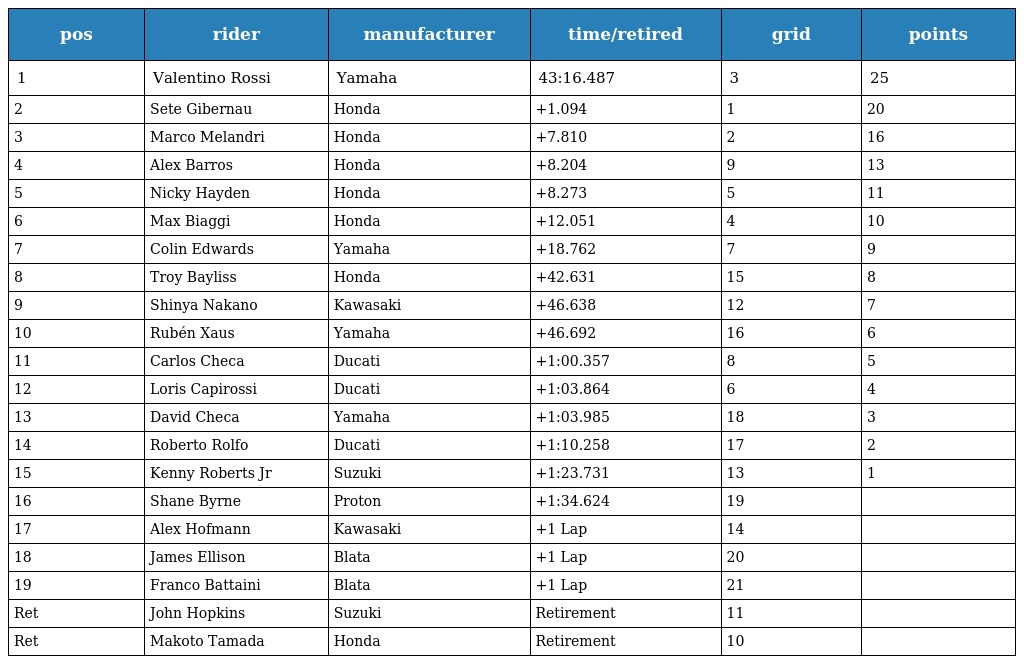
| pos | rider | manufacturer | time/retired | grid | points |
 | --- | --- | --- | --- | --- | --- |
 | 1 | Valentino Rossi | Yamaha | 43:16.487 | 3 | 25 |
 | 2 | Sete Gibernau | Honda | +1.094 | 1 | 20 |
 | 3 | Marco Melandri | Honda | +7.810 | 2 | 16 |
 | 4 | Alex Barros | Honda | +8.204 | 9 | 13 |
 | 5 | Nicky Hayden | Honda | +8.273 | 5 | 11 |
 | 6 | Max Biaggi | Honda | +12.051 | 4 | 10 |
 | 7 | Colin Edwards | Yamaha | +18.762 | 7 | 9 |
 | 8 | Troy Bayliss | Honda | +42.631 | 15 | 8 |
 | 9 | Shinya Nakano | Kawasaki | +46.638 | 12 | 7 |
 | 10 | Rubén Xaus | Yamaha | +46.692 | 16 | 6 |
 | 11 | Carlos Checa | Ducati | +1:00.357 | 8 | 5 |
 | 12 | Loris Capirossi | Ducati | +1:03.864 | 6 | 4 |
 | 13 | David Checa | Yamaha | +1:03.985 | 18 | 3 |
 | 14 | Roberto Rolfo | Ducati | +1:10.258 | 17 | 2 |
 | 15 | Kenny Roberts Jr | Suzuki | +1:23.731 | 13 | 1 |
 | 16 | Shane Byrne | Proton | +1:34.624 | 19 |  |
 | 17 | Alex Hofmann | Kawasaki | +1 Lap | 14 |  |
 | 18 | James Ellison | Blata | +1 Lap | 20 |  |
 | 19 | Franco Battaini | Blata | +1 Lap | 21 |  |
 | Ret | John Hopkins | Suzuki | Retirement | 11 |  |
 | Ret | Makoto Tamada | Honda | Retirement | 10 |  |